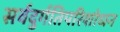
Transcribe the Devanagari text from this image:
सर्वदुर्गतिपरिशोधन